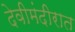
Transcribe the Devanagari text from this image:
देवीमंदीरात